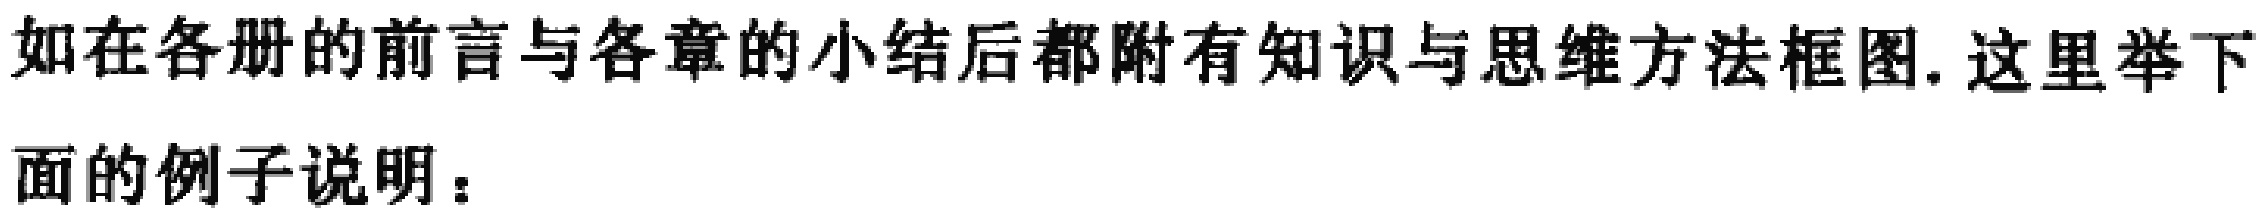
如在各册的前言与各章的小结后都附有知识与思维方法框图. 这里举下面的例子说明：